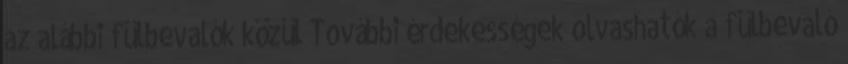
az alábbi fülbevalók közül További érdekességek olvashatók a fülbevaló